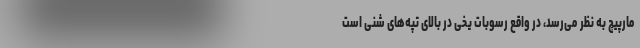
مارپیچ به نظر می‌رسد، در واقع رسوبات یخی در بالای تپه‌های شنی است